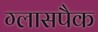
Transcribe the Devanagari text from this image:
ग्लासपैक